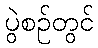
ပွဲစဉ်တွင်